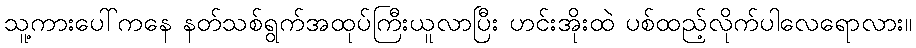
သူ့ကားပေါ်ကနေ နတ်သစ်ရွက်အထုပ်ကြီးယူလာပြီး ဟင်းအိုးထဲ ပစ်ထည့်လိုက်ပါလေရောလား။